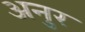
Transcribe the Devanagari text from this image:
अनुर